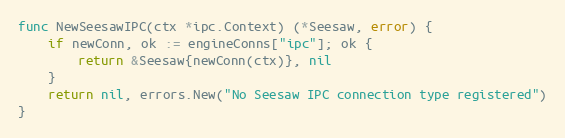
Language: Go
func NewSeesawIPC(ctx *ipc.Context) (*Seesaw, error) {
	if newConn, ok := engineConns["ipc"]; ok {
		return &Seesaw{newConn(ctx)}, nil
	}
	return nil, errors.New("No Seesaw IPC connection type registered")
}